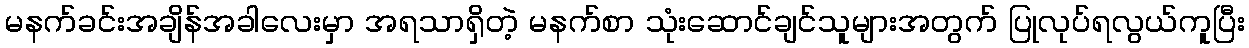
မနက်ခင်းအချိန်အခါလေးမှာ အရသာရှိတဲ့ မနက်စာ သုံးဆောင်ချင်သူများအတွက် ပြုလုပ်ရလွယ်ကူပြီး